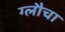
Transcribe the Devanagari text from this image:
ग्लौचा